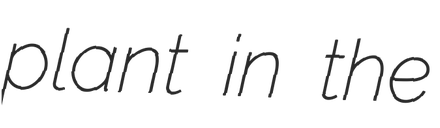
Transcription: plant in the